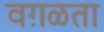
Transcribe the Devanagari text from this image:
वग़ळता